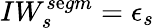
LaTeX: IW_{s}^{s\mathrm{e}gm}=\epsilon_{s}